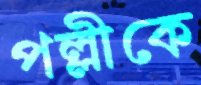
পল্লীকে